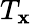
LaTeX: T_{\mathbf{x}}